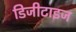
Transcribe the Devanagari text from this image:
डिजीटाइज